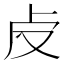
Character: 𠧘